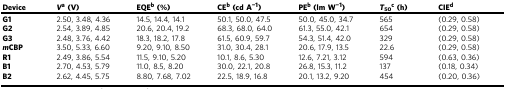
<table><thead><tr><td><b>Device</b></td><td><b><i>V</i><sup>a</sup> (V)</b></td><td><b>EQE<sup>b</sup> (%)</b></td><td><b>CE<sup>b</sup> (cd A<sup>−1</sup>)</b></td><td><b>PE<sup>b</sup> (lm W<sup>−1</sup>)</b></td><td><b><i>T</i><sub>50</sub><sup>c</sup> (h)</b></td><td><b>CIE<sup>d</sup></b></td></tr></thead><tbody><tr><td><b>G1</b></td><td>2.50, 3.48, 4.36</td><td>14.5, 14.4, 14.1</td><td>50.1, 50.0, 47.5</td><td>50.0, 45.0, 34.7</td><td>565</td><td>(0.29, 0.58)</td></tr><tr><td><b>G2</b></td><td>2.54, 3.89, 4.85</td><td>20.6, 20.4, 19.2</td><td>68.3, 68.0, 64.0</td><td>61.3, 55.0, 42.1</td><td>654</td><td>(0.29, 0.58)</td></tr><tr><td><b>G3</b></td><td>2.48, 3.76, 4.42</td><td>18.3, 18.2, 17.8</td><td>61.5, 60.9, 59.7</td><td>54.3, 51.4, 42.0</td><td>329</td><td>(0.29, 0.58)</td></tr><tr><td><b><i>m</i></b><b>CBP</b></td><td>3.50, 5.33, 6.60</td><td>9.20, 9.10, 8.50</td><td>31.0, 30.4, 28.1</td><td>20.6, 17.9, 13.5</td><td>22.6</td><td>(0.29, 0.58)</td></tr><tr><td><b>R1</b></td><td>2.49, 3.86, 5.54</td><td>11.5, 9.10, 5.20</td><td>10.1, 8.6, 5.30</td><td>12.6, 7.21, 3.12</td><td>594</td><td>(0.63, 0.36)</td></tr><tr><td><b>B1</b></td><td>2.70, 4.53, 5.79</td><td>11.0, 8.5, 8.20</td><td>30.0, 22.1, 20.8</td><td>26.8, 15.3, 11.2</td><td>137</td><td>(0.18, 0.34)</td></tr><tr><td><b>B2</b></td><td>2.62, 4.45, 5.75</td><td>8.80, 7.68, 7.02</td><td>22.5, 18.9, 16.8</td><td>20.1, 13.2, 9.20</td><td>454</td><td>(0.20, 0.36)</td></tr></tbody></table>